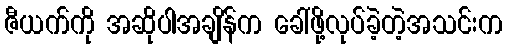
ဇီယက်ကို အဆိုပါအချိန်က ခေါ်ဖို့လုပ်ခဲ့တဲ့အသင်းက